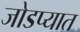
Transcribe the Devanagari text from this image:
जोडप्यात